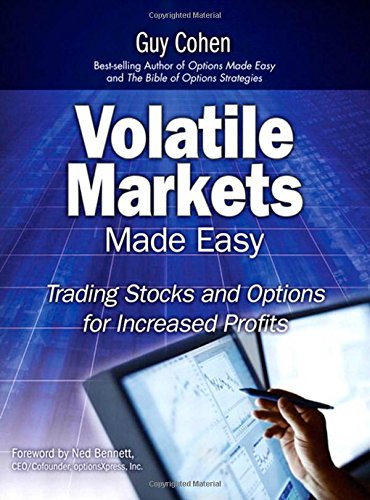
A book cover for Volatile Markets Made Easy: Trading Stocks and Options for Increased Profits; Guy Cohen; Business & Money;